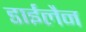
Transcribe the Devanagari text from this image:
डाईलैन